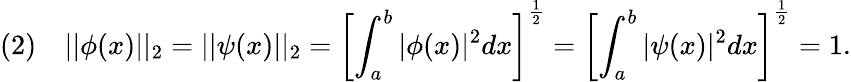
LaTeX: (2)\quad||\phi(x)||_{2}=||\psi(x)||_{2}=\left[\int_{a}^{b}|\phi(x)|^{2}dx\right]^{\frac{1}{2}}=\left[\int_{a}^{b}|\psi(x)|^{2}dx\right]^{\frac{1}{2}}=1.